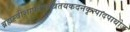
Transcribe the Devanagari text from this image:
ब्रह्मस्त्रीशापतापत्रितयकदनकृत्पादपाथोज